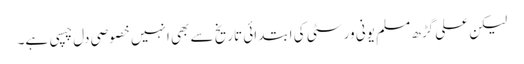
لیکن علی گڑھ مسلم یونی ورسٹی کی ابتدائی تاریخ سے بھی انہیں خصوصی دل چسپی ہے۔